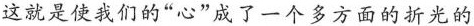
这就是使我们的”心”成了一个多方面的折光的